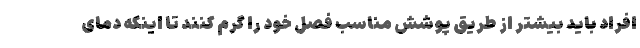
افراد باید بیشتر از طریق پوشش مناسب فصل خود را گرم کنند تا اینکه دمای